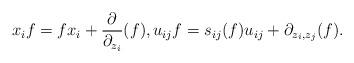
LaTeX: \begin{gather*}x_i f= f x_i + \frac{\partial}{\partial_{z_{i}}}(f), u_{ij} f = s_{ij}(f) u_{ij} + \partial_{z_{i},z_{j}}(f).\end{gather*}